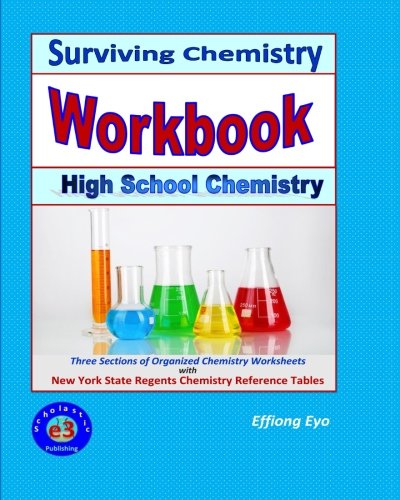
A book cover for Surviving Chemistry Workbook: High School Chemistry: 2015 Revision - with NYS Chemistry Reference Tables; Effiong Eyo; Test Preparation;